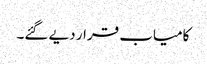
کامیاب قرار دیے گئے۔